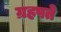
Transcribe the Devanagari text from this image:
ग्रहपते